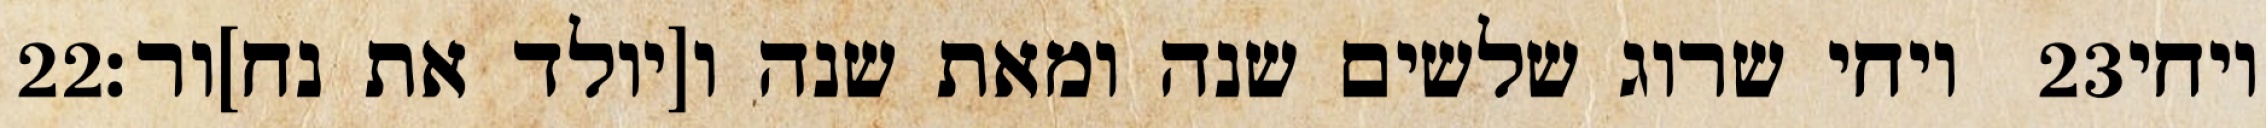
‎22‏ ויחי שרוג שלשים שנה ומאת שנה ו[יולד את נח]ור׃ ‎23‏ ויחי